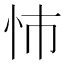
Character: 㤄